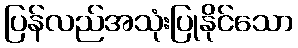
ပြန်လည်အသုံးပြုနိုင်သော